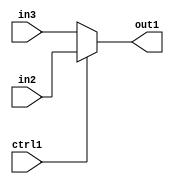
`timescale 1ps / 1ps
/*****************************************************************************
    Verilog RTL Description
    
    
    Created by: Stratus DpOpt 2019.1.01 
*******************************************************************************/

module pw_feature_addr_gen_N_Mux_8_2_19_4 (
	in3,
	in2,
	ctrl1,
	out1
	); /* architecture "behavioural" */ 
input [7:0] in3,
	in2;
input  ctrl1;
output [7:0] out1;
wire [7:0] asc001;

reg [7:0] asc001_tmp_0;
assign asc001 = asc001_tmp_0;
always @ (ctrl1 or in2 or in3) begin
	case (ctrl1)
		1'B1 : asc001_tmp_0 = in2 ;
		default : asc001_tmp_0 = in3 ;
	endcase
end

assign out1 = asc001;
endmodule

/* CADENCE  uLb1Sgo= : u9/ySgnWtBlWxVPRXgAZ4Og= ** DO NOT EDIT THIS LINE ******/